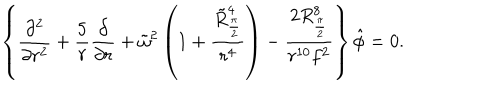
\left\{ { \frac { \partial ^ { 2 } } { \partial r ^ { 2 } } } + { \frac { 5 } { r } } { \frac { \partial } { \partial r } } + \tilde { \omega } ^ { 2 } \left( 1 + { \frac { \tilde { R } _ { \frac { \pi } { 2 } } ^ { 4 } } { r ^ { 4 } } } \right) - { \frac { 2 R _ { \frac { \pi } { 2 } } ^ { 8 } } { r ^ { 1 0 } f ^ { 2 } } } \right\} \hat { \phi } = 0 .